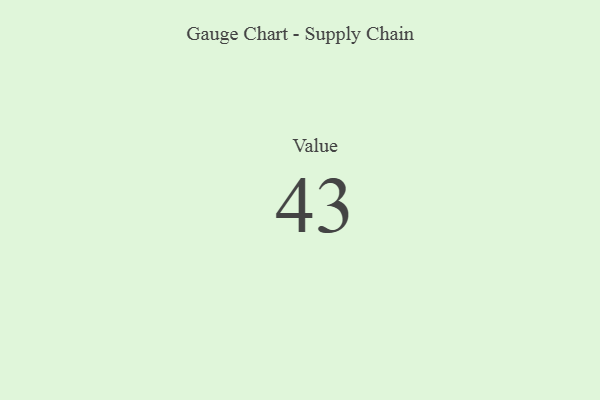
{"axis": {"x": "Metric", "y": "Value"}, "legend": [""], "data": [{"x": "Value", "y": 43, "type": ""}]}